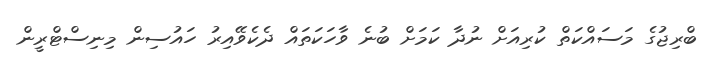
ބްރިޖުގެ މަސައްކަތް ކުރިއަށް ނުދާ ކަމަށް ބުނެ ވާހަކަތައް ދެކެވޭއިރު ހައުސިން މިނިސްޓްރީން